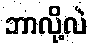
ဘာလို့လဲ